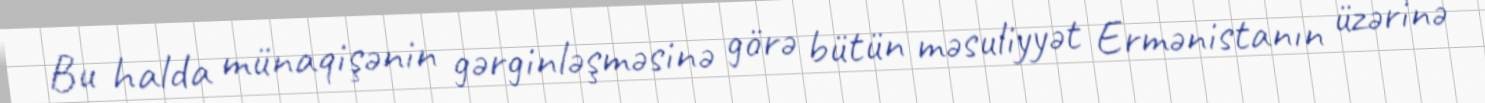
Bu halda münaqişənin gərginləşməsinə görə bütün məsuliyyət Ermənistanın üzərinə